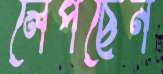
লেপছেন